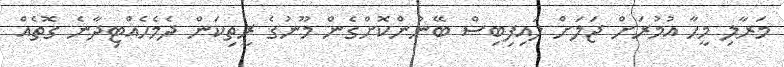
މަރާލި މީހާ އުމުރަށް ޖަލަށް ލައިފިބިސް ބޭނުންކޮށްގެން މޫނުގެ ރީތިކަން ދެމެހެއްޓިދާނެ ގޮތެއް